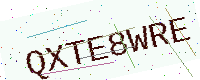
Text: QXTE8WRE